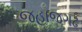
જહાજગઢ